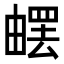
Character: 𤳄